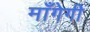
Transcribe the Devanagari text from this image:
माँगेगी